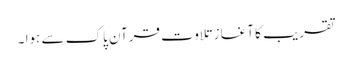
تقریب کا آغاز تلاوتِ قرآن پاک سے ہوا ۔